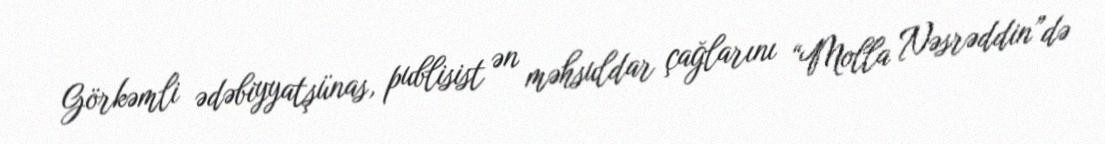
Görkəmli ədəbiyyatşünas, publisist ən məhsuldar çağlarını “Molla Nəsrəddin”də